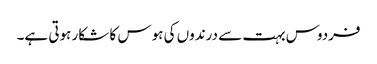
فردوس بہت سے درندوں کی ہوس کا شکار ہوتی ہے۔